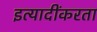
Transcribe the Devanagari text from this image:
इत्यादींकरता